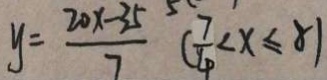
y = \frac { 2 0 x - 3 5 } { 7 } ( \frac { 7 } { 4 } < x \leq 8 )